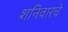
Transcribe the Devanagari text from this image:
शनिवारचे